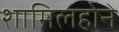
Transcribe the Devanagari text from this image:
शामिलहोने